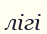
лігі